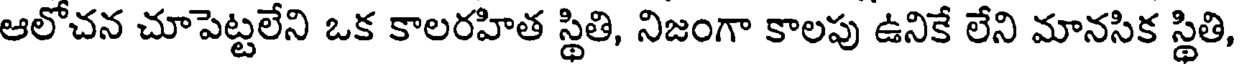
ఆలోచన చూపెట్టలేని ఒక కాలరహిత స్థితి, నిజంగా కాలపు ఉనికే లేని మానసిక స్థితి,